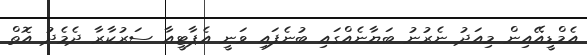
އެމްޑީއޭއިން މިއަދު ނެރުނު ބަޔާނެއްގައި ބުނެފައި ވަނީ އެޕާޓީއާ ސަރުކާރާ ދެމެދު އޮތް